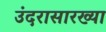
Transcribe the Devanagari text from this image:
उंदरासारख्या